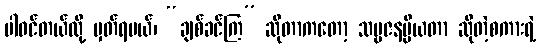
ပါဝင်တယ်လို့ မှတ်ရမယ်၊ “ချစ်ခင်ကြ” ဆိုတာကတော့ သဗ္ဗဇနပ္ပိယတာ ဆိုတဲ့စကားရဲ့